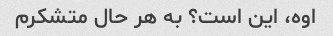
اوه، این است؟ به هر حال متشکرم